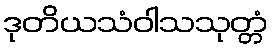
ဒုတိယသံဝါသသုတ္တံ